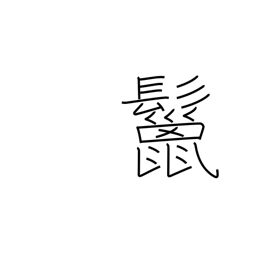
Meaning: mane